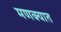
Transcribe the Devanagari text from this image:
मणक्‍यात